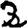
Digit: 2